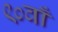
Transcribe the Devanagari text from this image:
९०वाँ